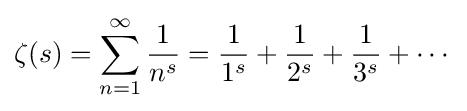
\zeta (s)=\sum _{n=1}^{\infty }{\frac {1}{n^{s}}}={\frac {1}{1^{s}}}+{\frac {1}{2^{s}}}+{\frac {1}{3^{s}}}+\cdots